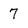
Character: 7